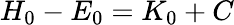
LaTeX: H_{0}-E_{0}=K_{0}+C